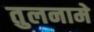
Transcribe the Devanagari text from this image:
तुलनामे